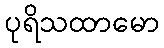
ပုရိသထာမော